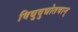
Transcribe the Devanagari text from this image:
विद्युदुद्योतवान्